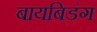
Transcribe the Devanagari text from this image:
बायबिडंग